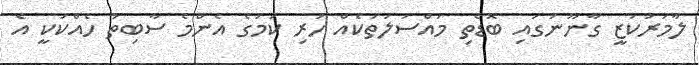
ލާމަރުކަޒީ ގާނޫނުގައި ބޮޑެތި މައްސަލަތަކެއް ހުރި ކަމުގެ އެންމެ ސާބިތު ހެއްކަކީ އެ